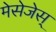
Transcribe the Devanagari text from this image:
मेसेजेस्